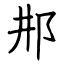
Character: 𨙷